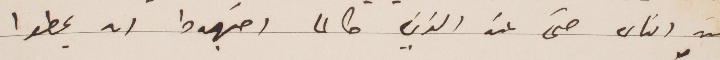
عند الناس حتى عند الذين طالما اجتهدوا ان يحطوا